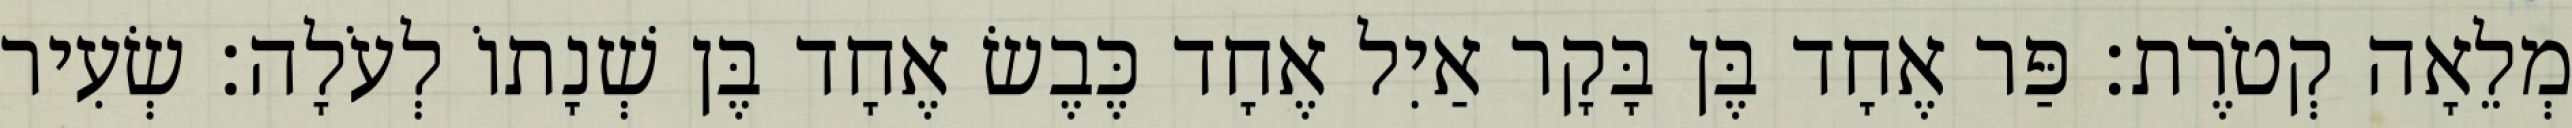
מְלֵאָה קְטֹרֶת׃ פַּר אֶחָד בֶּן בָּקָר אַיִל אֶחָד כֶּבֶשׂ אֶחָד בֶּן שְׁנָתוֹ לְעֹלָה׃ שְׂעִיר